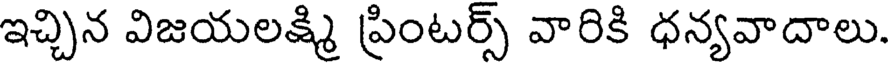
ఇచ్చిన విజయలక్ష్మి ప్రింటర్స్ వారికి ధన్యవాదాలు.